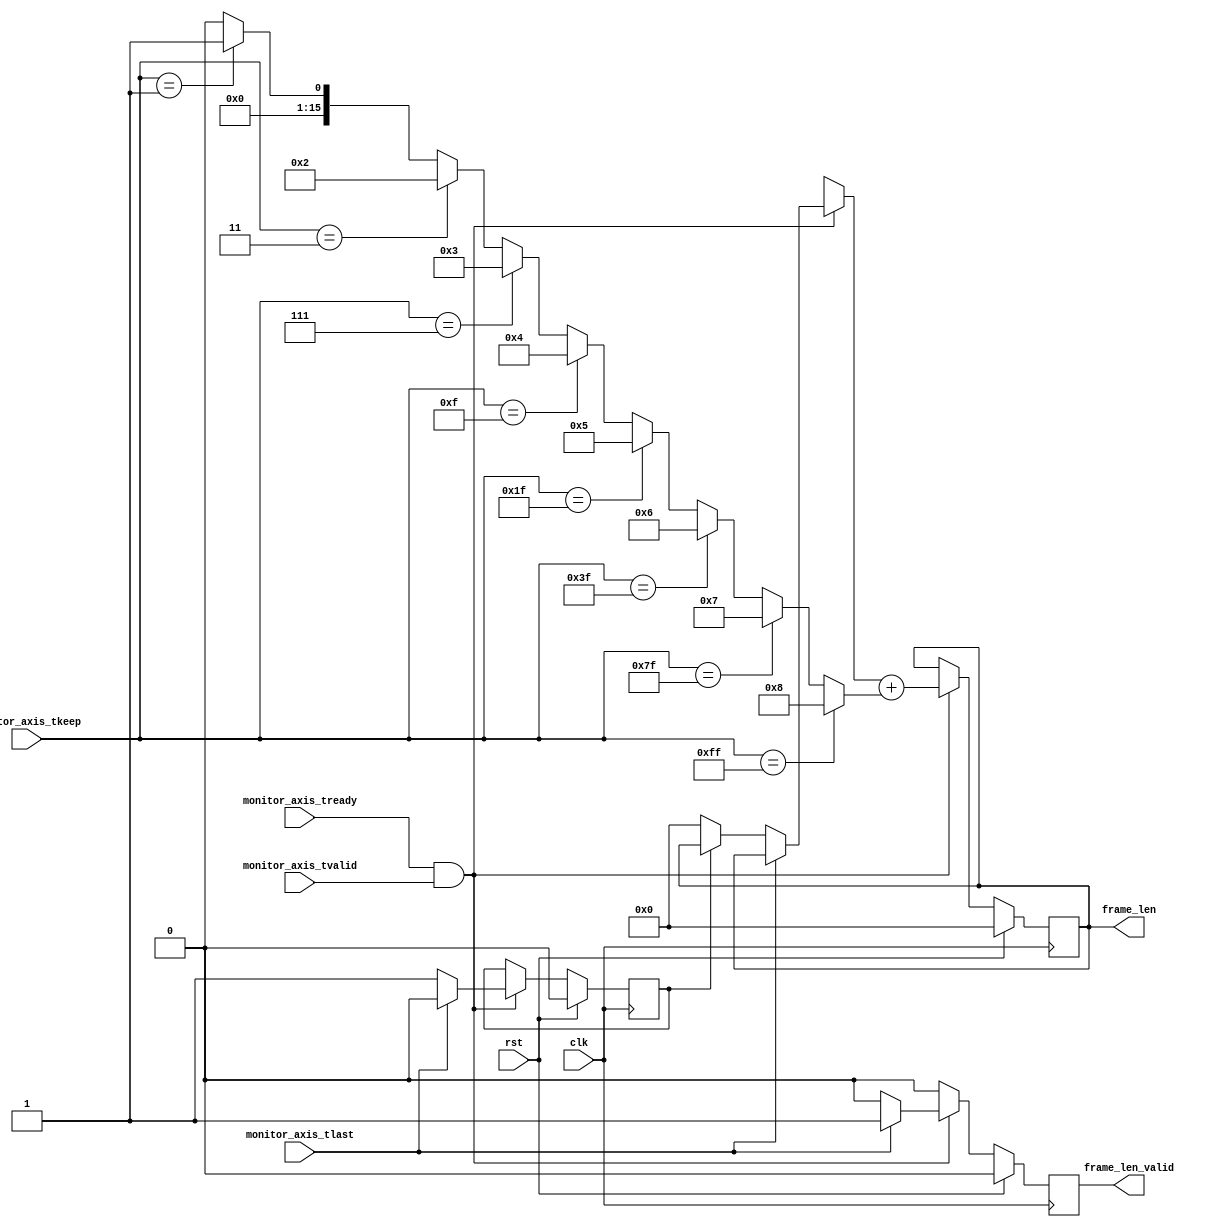
module axis_frame_len #
(
    // Width of AXI stream interfaces in bits
    parameter DATA_WIDTH = 64,
    // Propagate tkeep signal
    // If disabled, tkeep assumed to be 1'b1
    parameter KEEP_ENABLE = (DATA_WIDTH>8),
    // tkeep signal width (words per cycle)
    parameter KEEP_WIDTH = (DATA_WIDTH/8),
    // Width of length counter
    parameter LEN_WIDTH = 16
)
(
    input  wire                   clk,
    input  wire                   rst,

    /*
     * AXI monitor
     */
    input  wire [KEEP_WIDTH-1:0]  monitor_axis_tkeep,
    input  wire                   monitor_axis_tvalid,
    input  wire                   monitor_axis_tready,
    input  wire                   monitor_axis_tlast,

    /*
     * Status
     */
    output wire [LEN_WIDTH-1:0]   frame_len,
    output wire                   frame_len_valid
);

reg [LEN_WIDTH-1:0] frame_len_reg = 0, frame_len_next;
reg frame_len_valid_reg = 1'b0, frame_len_valid_next;
reg frame_reg = 1'b0, frame_next;

assign frame_len = frame_len_reg;
assign frame_len_valid = frame_len_valid_reg;

integer offset, i, bit_cnt;

always @* begin
    frame_len_next = frame_len_reg;
    frame_len_valid_next = 1'b0;
    frame_next = frame_reg;

    if (monitor_axis_tready && monitor_axis_tvalid) begin
        // valid transfer cycle

        if (monitor_axis_tlast) begin
            // end of frame
            frame_len_valid_next = 1'b1;
            frame_next = 1'b0;
        end else if (!frame_reg) begin
            // first word after end of frame
            frame_len_next = 0;
            frame_next = 1'b1;
        end

        // increment frame length by number of words transferred
        if (KEEP_ENABLE) begin
            bit_cnt = 0;
            for (i = 0; i <= KEEP_WIDTH; i = i + 1) begin
                if (monitor_axis_tkeep == ({KEEP_WIDTH{1'b1}}) >> (KEEP_WIDTH-i)) bit_cnt = i;
            end
            frame_len_next = frame_len_next + bit_cnt;
        end else begin
            frame_len_next = frame_len_next + 1;
        end
    end
end

always @(posedge clk) begin
    if (rst) begin
        frame_len_reg <= 0;
        frame_len_valid_reg <= 0;
        frame_reg <= 1'b0;
    end else begin
        frame_len_reg <= frame_len_next;
        frame_len_valid_reg <= frame_len_valid_next;
        frame_reg <= frame_next;
    end
end

endmodule